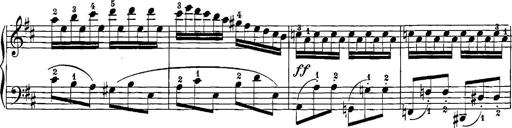
Title: 12 Sonatinas
Composer: Ignaz Pleyel